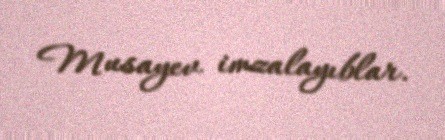
Musayev imzalayıblar.